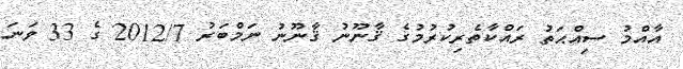
އާއްމު ސިއްޙަތު ރައްކާތެރިކުރުމުގެ ޤާނޫނު ޤާނޫނު ނަމްބަރު 2012/7 ގެ 33 ވަނަ